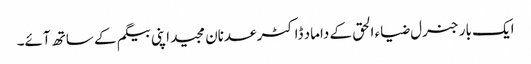
ایک بار جنرل ضیاء الحق کے داماد ڈاکٹر عدنان مجید اپنی بیگم کے ساتھ آئے۔